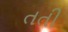
તતી